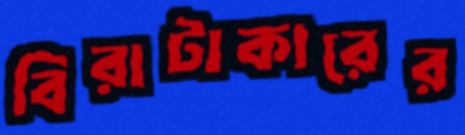
বিরাটাকারের